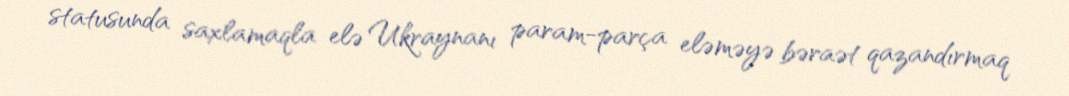
statusunda saxlamaqla elə Ukraynanı param-parça eləməyə bəraət qazandırmaq